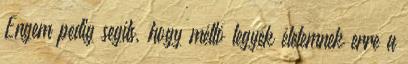
Engem pedig segíts, hogy méltó legyek életemnek erre a